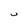
Character: U